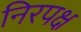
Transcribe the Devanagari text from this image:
निरपक्ष